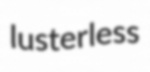
lusterless